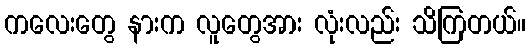
ကလေးတွေ နားက လူတွေအား လုံးလည်း သိကြတယ်။